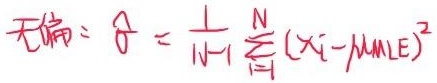
无偏：$\hat{\sigma}=\frac{1}{N - 1}\sum_{i = 1}^{N}(x_{i}-\mu_{MLE})^{2}$